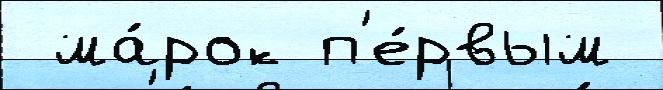
 ма́рок п'е́рвым